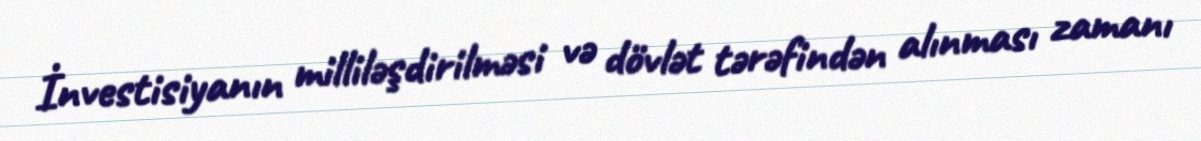
İnvestisiyanın milliləşdirilməsi və dövlət tərəfindən alınması zamanı